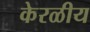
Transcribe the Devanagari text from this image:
केरळीय